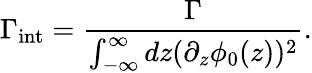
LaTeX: \Gamma_{\mathrm{int}}=\frac{\Gamma}{\int_{-\infty}^{\infty}dz(\partial_{z}\phi_{0}(z))^{2}}.